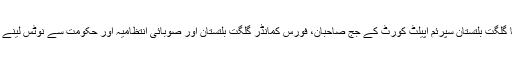
والدین کا گلگت بلتستان سپرئم اپیلٹ کورٹ کے جج صاحبان، فورس کمانڈر گلگت بلتستان اور صوبائی انتظامیہ اور حکومت سے نوٹس لینے کی اپیل۔